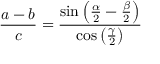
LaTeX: { \frac { a - b } { c } } = { \frac { \sin \left( { \frac { \alpha } { 2 } } - { \frac { \beta } { 2 } } \right) } { \cos \left( { \frac { \gamma } { 2 } } \right) } }